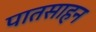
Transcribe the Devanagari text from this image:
पातसाहन